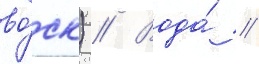
во́ск) // Вода́ /